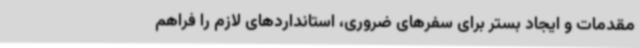
مقدمات و ایجاد بستر برای سفرهای ضروری، استانداردهای لازم را فراهم